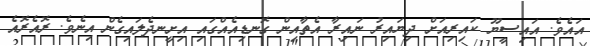
އައެވެ. އައިސީޔޫ ކައިރިއަށް ދިޔައިރު ނައިރާ އެތާއިން ގޮނޑިއެއްގައި އިށީނދެލައިގެން އިނެވެ. ރޮއެރޮއެ